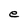
Character: e